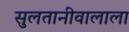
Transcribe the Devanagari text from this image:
सुलतानीवालाला